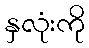
နှလုံးကို